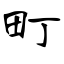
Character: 町